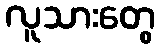
လူသားတွေ